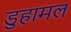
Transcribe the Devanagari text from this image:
डुहामल